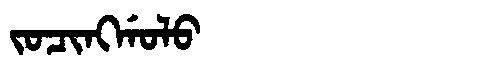
Manchu: ᠵᠣᠴᡳᠩᡤᠣᠯᠣ
Romanization: JOCINGGOLO